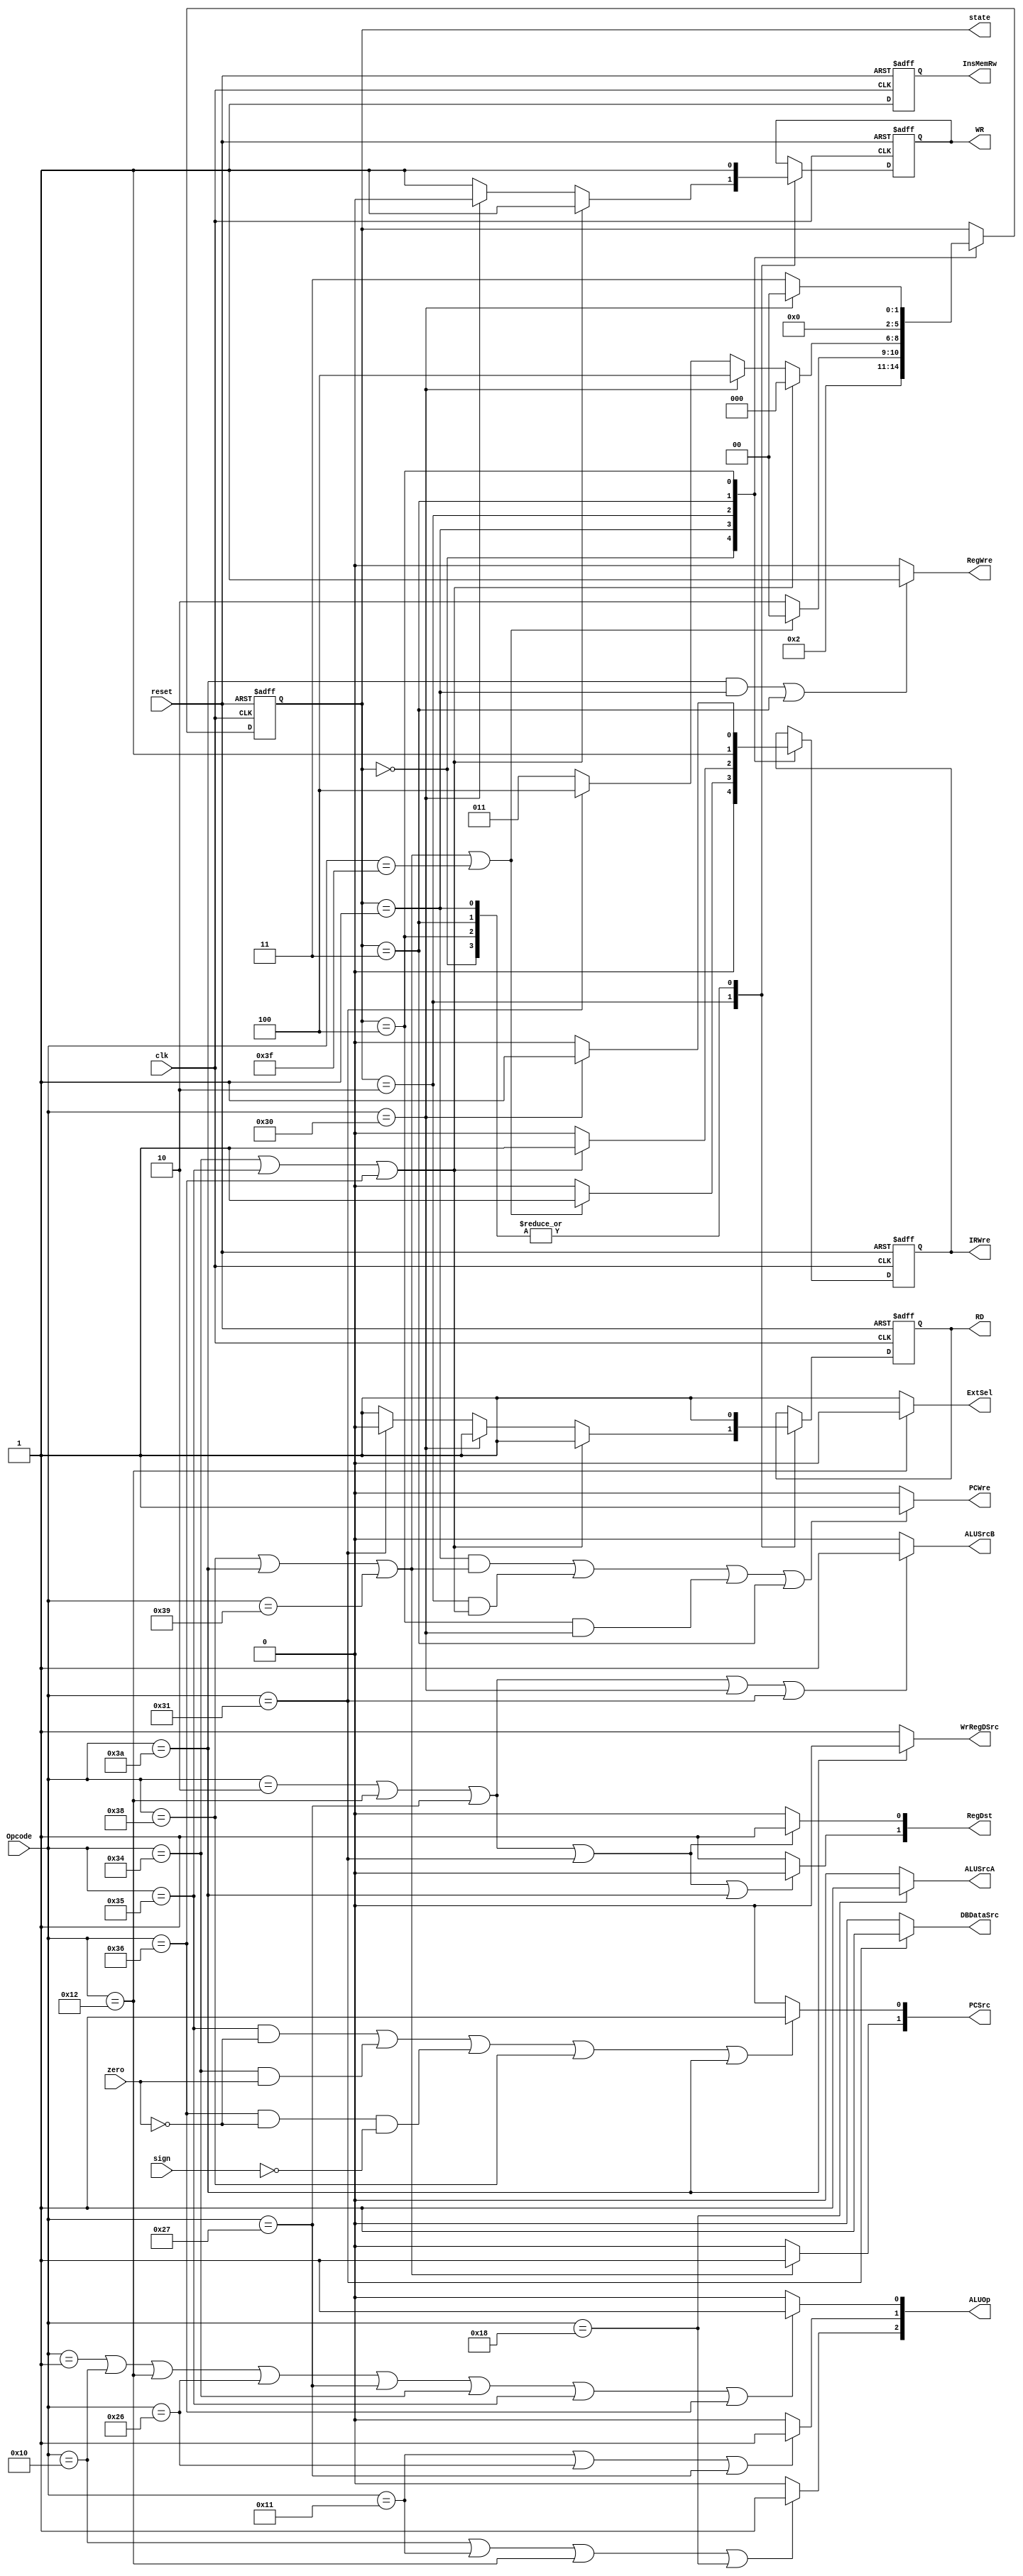
`timescale 1ns / 1ps
//////////////////////////////////////////////////////////////////////////////////
// Company: 
// Engineer: 
// 
// Design Name: 
// Module Name: ControlUnit
// Project Name: 
// Target Devices: 
// Tool Versions: 
// Description: 
// 
// Dependencies: 
// 
// Revision:
// Revision 0.01 - File Created
// Additional Comments:
// 
//////////////////////////////////////////////////////////////////////////////////


module ControlUnit(clk,reset,Opcode,zero,sign,PCWre,ALUSrcA,ALUSrcB,DBDataSrc,
                   RegWre,InsMemRw,WrRegDSrc,RD,WR,IRWre,RegDst,ExtSel,PCSrc,ALUOp,state);
    input clk,reset;
    input [5:0] Opcode;
    input zero;
    input sign;
    output reg PCWre;
    output reg ALUSrcA;
    output reg ALUSrcB;
    output reg DBDataSrc;
    output reg RegWre;
    output reg InsMemRw;
    output reg WrRegDSrc;
    output reg RD;
    output reg WR;
    output reg IRWre;
    output reg [1:0] RegDst;
    output reg ExtSel;
    output reg [1:0] PCSrc;
    output reg [2:0] ALUOp;
    output reg [2:0] state;
    initial begin
        state<=0;
        InsMemRw<=1;
        PCWre<=0;
        RegWre<=0;
        RD<=1;
        WR<=1;
        IRWre<=1;
    end
    always@ (Opcode or state) begin
    if ((Opcode == 6'b111010 && state == 1) || state == 3)
         RegWre = 1;
    else
        RegWre = 0;
    if  ((state == 1 && (Opcode == 6'b111000 || Opcode == 6'b111010 || Opcode == 6'b111001))
        ||(state == 2 && (Opcode == 6'b110100 || Opcode == 6'b110101 || Opcode == 6'b110110))
        ||(state == 4 && Opcode == 6'b110000) || state == 3)
        PCWre = 1;
    else
        PCWre = 0; 
    end
    always@ (posedge clk or negedge reset) begin
        InsMemRw <= 1;
    //reset -> state =0 PCWre RegWre RD WR IRWre
        if (reset == 0)begin
            state<=0;
            //PCWre<=0;
            //RegWre<=0;
            RD<=1;
            WR<=1;
            IRWre<=1;
            end
        else begin//statestate
        case (state)
            0:begin//001
                state<=1;
                //PCWre<=0;
                IRWre<=0;
                RD<=1;
                WR<=1;
                //RegWre<=0;
            end
            1:begin//000or010
            if (Opcode == 6'b111000 || Opcode == 6'b111010 || Opcode == 6'b111001 || Opcode == 6'b111111) begin//j jal jr halt
                 state<=0;
                 //RegWre<=0;
                 RD<=1;
                 WR<=1;
                 IRWre<=1; /*
                 if (Opcode == 6'b111111)
                    PCWre<=0;
                 else 
                    PCWre<=1; */
                 end
             else begin
                 state<=2;
                 //PCWre<=0;
                 //RegWre<=0;
                 RD<=1;
                 WR<=1;
                 IRWre<=0; 
                 end
             end
             2:begin//000or011or100
             if (Opcode == 6'b110100 || Opcode == 6'b110101 || Opcode == 6'b110110) begin//beq bne bgtz
                 state<=0;
                 //PCWre<=1;
                 //RegWre<=0;
                 RD<=1;
                 WR<=1;
                 IRWre<=1;
                 end
             else if (Opcode == 6'b110000)begin//sw
                 state<=4;
                 //PCWre<=0;
                 //RegWre<=0;
                 RD<=1;
                 WR<=0;
                 IRWre<=0;
                 end
             else if (Opcode == 6'b110001)begin//lw
                     state<=4;
                     //PCWre<=0;
                     //RegWre<=0;
                     RD<=0;
                     WR<=1;
                     IRWre<=0;
                     end  
              else begin
                  state<=3;
                  //PCWre<=0;
                 // RegWre<=1;
                  RD<=1;
                  WR<=1;
                  IRWre<=0;
                  end                            
             end
             3:begin //000
                state<=0;
                //PCWre<=1;
                //RegWre<=0;
                RD<=1;
                WR<=1;
                IRWre<=1;             
             end
             4:begin //000or011
             if (Opcode == 6'b110000) begin //sw
                state<=0;
                //PCWre<=1;
                //RegWre<=0;
                RD<=1;
                WR<=1;
                IRWre<=1; 
                end    
             else begin//lw
                state<=3;
                //PCWre<=0;
                //RegWre<=1;
                RD<=1;
                WR<=1;
                IRWre<=0;
                end                      
             end
        endcase
        end
    end
    
    always@ (Opcode or sign or zero) begin
    ALUSrcA = (Opcode == 6'b011000)? 1:0;
    ALUSrcB = (Opcode == 6'b000010 || Opcode == 6'b010010 || Opcode == 6'b100111 || Opcode == 6'b110000 || Opcode == 6'b110001)? 1:0;
    DBDataSrc = (Opcode == 6'b110001)? 1:0;
    WrRegDSrc = (Opcode == 6'b111010)? 0:1;
     ExtSel = (Opcode == 6'b010010)? 0:1;
     PCSrc[0] = ((Opcode == 6'b110101 && zero==0) || (Opcode == 6'b110100 && zero==1) 
        || (Opcode == 6'b110110 && zero==0 && sign==0) || Opcode == 6'b111000 || Opcode == 6'b111010)? 1:0;
    PCSrc[1] = (Opcode == 6'b111000 || Opcode == 6'b111010 || Opcode == 6'b111001)? 1:0;
    RegDst[0] = (Opcode == 6'b000010 || Opcode == 6'b010010 || Opcode == 6'b100111 || Opcode == 6'b110001)? 1:0; 
    RegDst[1] = (Opcode == 6'b000010 || Opcode == 6'b010010 || Opcode == 6'b100111 || Opcode == 6'b110001 || Opcode == 6'b111010)? 0:1;
     ALUOp[0] = (Opcode == 6'b000001 || Opcode == 6'b010000 || Opcode == 6'b010010 || Opcode == 6'b100110 
        || Opcode == 6'b100111 || Opcode == 6'b110100 || Opcode == 6'b110101 || Opcode == 6'b110110)? 1:0;
     ALUOp[1] = (Opcode == 6'b010001 || Opcode == 6'b100110 || Opcode == 6'b100111)? 1:0;
     ALUOp[2] = (Opcode == 6'b010000 || Opcode == 6'b010001 || Opcode == 6'b010010 || Opcode == 6'b011000)? 1:0;
    end
endmodule